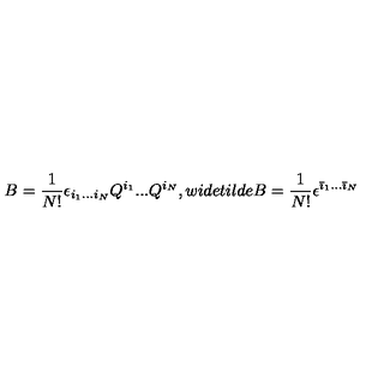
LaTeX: B = \frac 1 { N ! } \epsilon _ { i _ { 1 } . . . i _ { N } } Q ^ { i _ { 1 } } . . . Q ^ { i _ { N } } , w i d e t i l d e { B } = \frac 1 { N ! } \epsilon ^ { { \bar { \imath } } _ { 1 } . . . { \bar { \imath } } _ { N } }